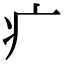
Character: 疒